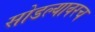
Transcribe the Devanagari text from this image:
सोडल्यावरच